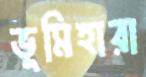
ভূমিহারা